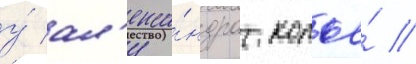
у́ ал'екса́ндра копье́ //